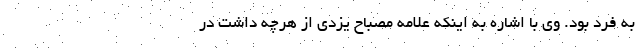
به فرد بود. وی با اشاره به اینکه علامه مصباح یزدی از هرچه داشت در